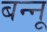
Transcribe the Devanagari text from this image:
बन्‍नू